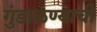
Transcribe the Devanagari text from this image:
गुंडाळण्याची